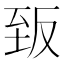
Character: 𮍡